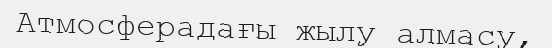
Атмосферадағы жылу алмасу,